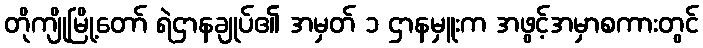
တိုကျိုမြို့တော် ရဲဌာနချုပ်၏ အမှတ် ၁ ဌာနမှူးက အဖွင့်အမှာစကားတွင်